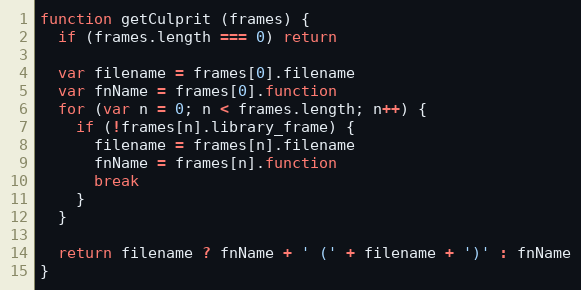
Language: JavaScript
function getCulprit (frames) {
  if (frames.length === 0) return

  var filename = frames[0].filename
  var fnName = frames[0].function
  for (var n = 0; n < frames.length; n++) {
    if (!frames[n].library_frame) {
      filename = frames[n].filename
      fnName = frames[n].function
      break
    }
  }

  return filename ? fnName + ' (' + filename + ')' : fnName
}